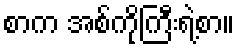
စာက အစ်ကိုကြီးရဲ့စာ။